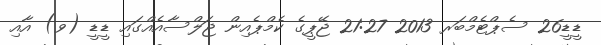
ޑީޑީ26 ސެޕްޓެމްބަރ 2013 21:27 ޖޭޕީގެ ކެމްޕެއިން ޖަލްސާއެއްގައި ޑީޑީ (ވ) އާއި